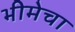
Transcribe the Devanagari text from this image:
भीमेचा